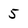
Character: 5